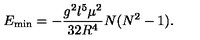
E _ { \mathrm { m i n } } = - \frac { g ^ { 2 } l ^ { 5 } \mu ^ { 2 } } { 3 2 R ^ { 4 } } N ( N ^ { 2 } - 1 ) .